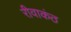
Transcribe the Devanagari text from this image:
रीवाकंठ